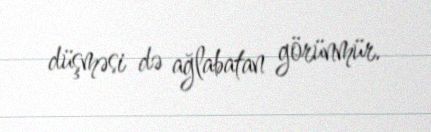
düşməsi də ağlabatan görünmür.